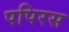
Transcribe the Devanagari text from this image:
पपिरस